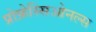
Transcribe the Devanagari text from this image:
प्रोफ़ेस्सिओनल्स